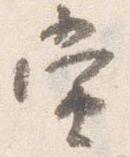
当